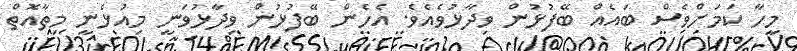
މީހާ ކަމަށްވެސް ބައެއް ބޭފުޅުން ވިދާޅުވެއެވެ. އެހެން ބޭފުޅުން ވިދާޅުވަނީ މިއުޅެނީ މިތާއޮތް